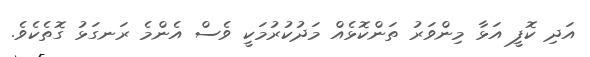
އަދި ކޮފީ އަޅާ މިންވަރު ތަންކޮޅެއް މަދުކުރުމަކީ ވެސް އެންމެ ރަނގަޅު ގޮތެކެވެ.